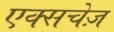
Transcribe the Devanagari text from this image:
एक्सचेज़